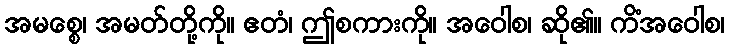
အမစ္စေ၊ အမတ်တို့ကို။ ဧတံ၊ ဤစကားကို။ အဝေါစ၊ ဆို၏။ ကိံအဝေါစ၊